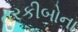
તરકીબોના